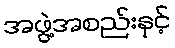
အဖွဲ့အစည်းနှင့်